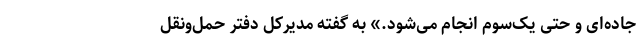
جاده‌ای و حتی یک‌سوم انجام می‌شود.» به‌ گفته مدیرکل دفتر حمل‌ونقل